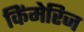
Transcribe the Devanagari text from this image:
किंमेरिज